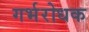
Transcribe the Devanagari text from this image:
गर्भरोधक